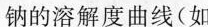
钠的溶解度曲线(如